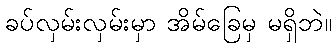
ခပ်လှမ်းလှမ်းမှာ အိမ်ခြေမှ မရှိဘဲ။